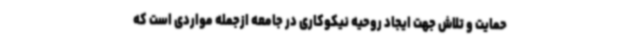
حمایت و تلاش جهت ایجاد روحیه نیکوکاری در جامعه ازجمله مواردی است که